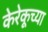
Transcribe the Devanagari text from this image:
केरेकूच्या